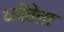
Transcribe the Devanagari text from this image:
धर्मेवेत्ता